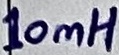
Text: 10mH